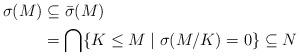
LaTeX: \begin{align*}\sigma(M)&\subseteq\bar\sigma(M)\\ &=\bigcap\{K\leq M\mid \sigma(M/K)=0\}\subseteq N\end{align*}